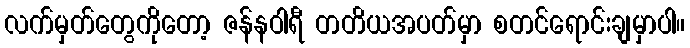
လက်မှတ်တွေကိုတော့ ဇန်နဝါရီ တတိယအပတ်မှာ စတင်ရောင်းချမှာပါ။